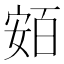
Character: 𡩛